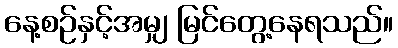
နေ့စဉ်နှင့်အမျှ မြင်တွေ့နေရသည်။